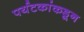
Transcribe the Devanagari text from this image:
पर्यटकांकडून